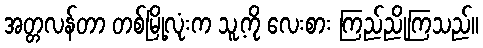
အတ္တလန်တာ တစ်မြို့လုံးက သူ့ကို လေးစား ကြည်ညိုကြသည်။